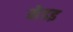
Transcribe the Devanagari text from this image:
मेडइ